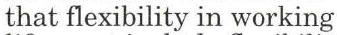
that flexibility in working